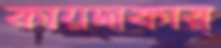
কায়দাকার্